Indian journal of veterinary science and animal husbandry - Volume 14,
Year: 1944
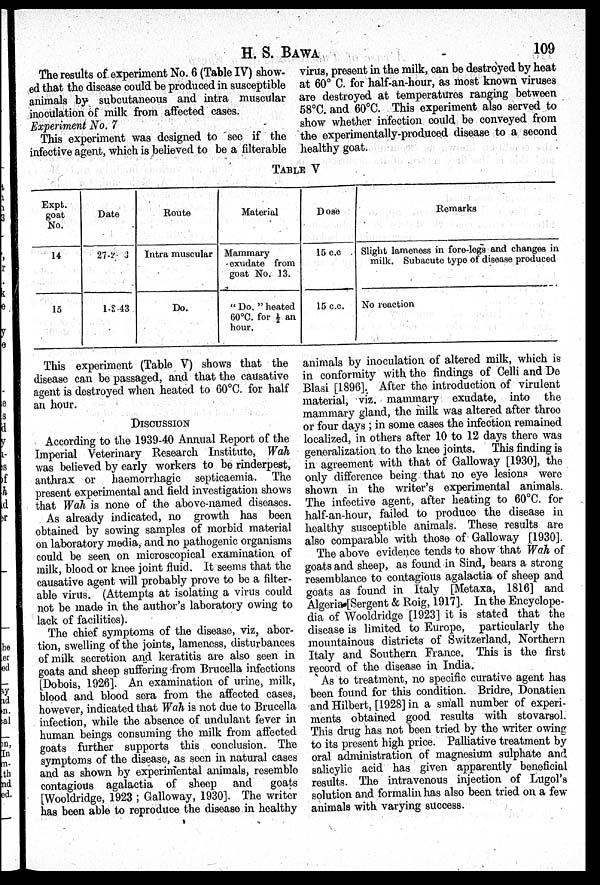
H.
S.
BAWA
109
The results of experiment No. 6 (Table IV) show-
ed that the disease could be produced in susceptible
animals by subcutaneous and intra muscular
inoculation of milk from affected cases.
Experiment No. 7
This experiment was designed to see if the
infective agent, which is believed to be a filterable
virus, present in the milk, can be destroyed by heat
at 60° C. for half-an-hour, as most known viruses
are destroyed at temperatures ranging between
58°C. and 60°C. This experiment also served to
show whether infection could be conveyed from
the experimentally-produced disease to a second
healthy goat.
TABLE V
Expt.
goat
No.
14
15
Date
27-2-43
1-8-43
Route
Intra muscular
Do.
Material
Mammary
exudate from
goat No. 13.
"Do. " heated
60°C. for ½ an
hour.
Dose
15 c.c
15 c.c.
Remarks
Slight lameness in fore-legs and changes in
milk. Subacute type of disease produced
No reaction
This experiment (Table V) shows that the
disease can be passaged, and that the causative
agent is destroyed when heated to 60°C. for half
an hour.
DISCUSSION
According to the 1939-40 Annual Report of the
Imperial Veterinary Research Institute, Wah
was believed by early workers to be rinderpest,
anthrax or haemorrhagic septicaemia. The
present experimental and field investigation shows
that Wah is none of the above-named diseases.
As already indicated, no growth has been
obtained by sowing samples of morbid material
on laboratory media, and no pathogenic organisms
could be seen on microscopical examination of
milk, blood or knee joint fluid. It seems that the
causative agent will probably prove to be a filter-
able virus. (Attempts at isolating a virus could
not be made in the author's laboratory owing to
lack of facilities).
The chief symptoms of the disease, viz, abor-
tion, swelling of the joints, lameness, disturbances
of milk secretion and keratitis are also seen in
goats and sheep suffering from Brucella infections
[Dobois, 1926]. An examination of urine, milk,
blood and blood sera from the affected cases,
however, indicated that Wah is not due to Brucella
infection, while the absence of undulant fever in
human beings consuming the milk from affected
goats further supports this conclusion. The
symptoms of the disease, as seen in natural cases
and as shown by experimental animals, resemble
contagious agalactia of sheep and
goats
[Wooldridge, 1923 ; Galloway, 1930]. The writer
has been able to reproduce the disease in healthy
animals by inoculation of altered milk, which is
in conformity with the findings of Celli and De
Blasi [1896]. After the introduction of virulent
material, viz. mammary exudate, into the
mammary gland, the milk was altered after three
or four days ; in some cases the infection remained
localized, in others after 10 to 12 days there was
generalization to the knee joints. This finding is
in agreement with that of Galloway [1930], the
only difference being that no eye lesions were
shown in the writer's experimental animals.
The infective agent, after heating to 60°C. for
half-an-hour, failed to produce the disease in
healthy susceptible animals. These results are
also comparable with those of Galloway [1930].
The above evidence tends to show that Wah of
goats and sheep, as found in Sind, bears a strong
resemblance to contagious agalactia of sheep and
goats as found in Italy [Metaxa, 1816] and
Algeria [Sergent & Roig, 1917]. In the Encyclope-
dia of Wooldridge [1923] it is stated that the
disease is limited to Europe, particularly the
mountainous districts of Switzerland, Northern
Italy and Southern France. This is the first
record of the disease in India.
As to treatment, no specific curative agent has
been found for this condition. Bridre, Donation
and Hilbert, [1928] in a small number of experi-
ments obtained good results with stovarsol.
This drug has not been tried by the writer owing
to its present high price. Palliative treatment by
oral administration of magnesium sulphate and
salicylic acid has given apparently beneficial
results. The intravenous injection of Lugol's
solution and formalin has also been tried on a few
animals with varying success.